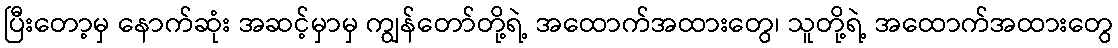
ပြီးတော့မှ နောက်ဆုံး အဆင့်မှာမှ ကျွန်တော်တို့ရဲ့ အထောက်အထားတွေ၊ သူတို့ရဲ့ အထောက်အထားတွေ